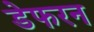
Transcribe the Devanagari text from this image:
डेफरन